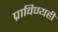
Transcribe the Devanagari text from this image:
प्राविण्यही